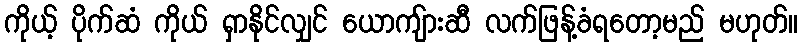
ကိုယ့် ပိုက်ဆံ ကိုယ် ရှာနိုင်လျှင် ယောကျ်ားဆီ လက်ဖြန့်ခံရတော့မည် မဟုတ်။